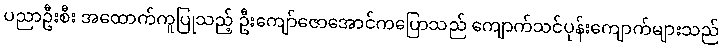
ပညာဦးစီး အထောက်ကူပြုသည့် ဦးကျော်ဇောအောင်ကပြောသည် ကျောက်သင်ပုန်းကျောက်များသည်